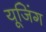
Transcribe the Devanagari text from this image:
यूजिंग